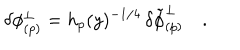
LaTeX: \delta \phi _ { ( p ) } ^ { \perp } = h _ { p } ( y ) ^ { - 1 / 4 } \, \delta { \tilde { \phi } } _ { ( p ) } ^ { \perp } \quad .